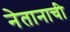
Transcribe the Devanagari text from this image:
नेतानाची